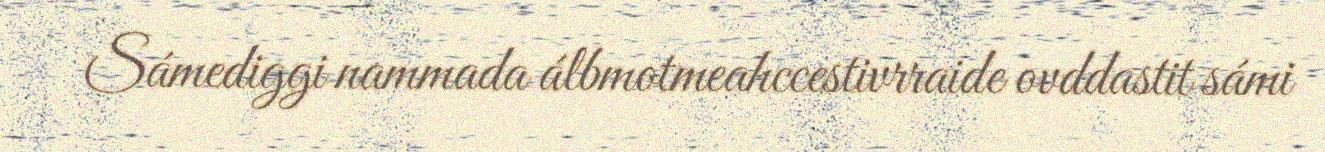
Sámediggi nammada álbmotmeahccestivrraide ovddastit sámi